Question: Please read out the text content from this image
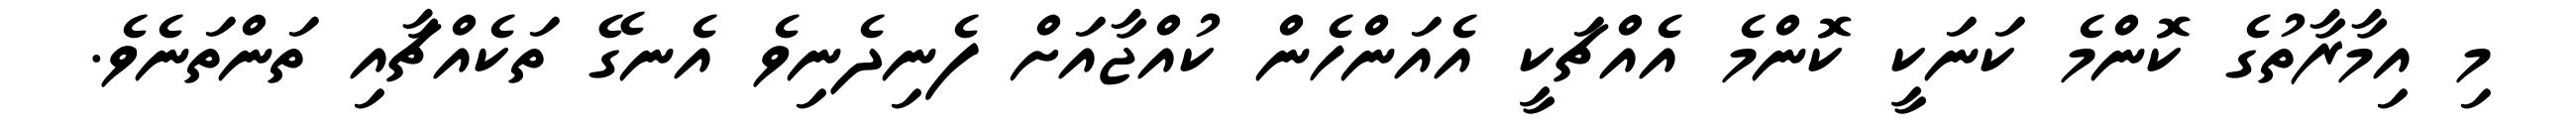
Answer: މި އިމާރާތުގެ ކޮންމެ ކަނަކީ ކޮންމެ އެއްޗަކީ އެއަންހެން ކުއްޖާއަށް ފެނިދެނިވެ އެނގޭ ތަކެއްޗާއި ތަންތަނެވެ.